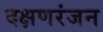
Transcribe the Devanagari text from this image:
दक्षणरंजन